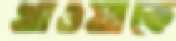
খাওয়াকে